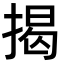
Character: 揭